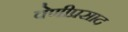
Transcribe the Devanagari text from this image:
वेणीप्रसाद